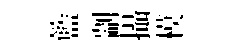
籃剬攝模